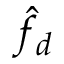
\hat { f } _ { d }